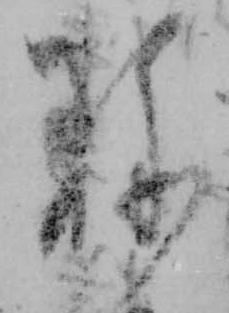
珍